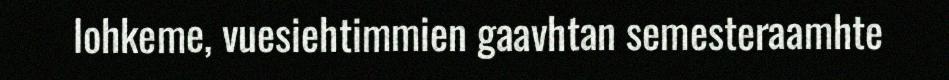
lohkeme, vuesiehtimmien gaavhtan semesteraamhte